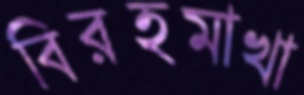
বিরহমাখা